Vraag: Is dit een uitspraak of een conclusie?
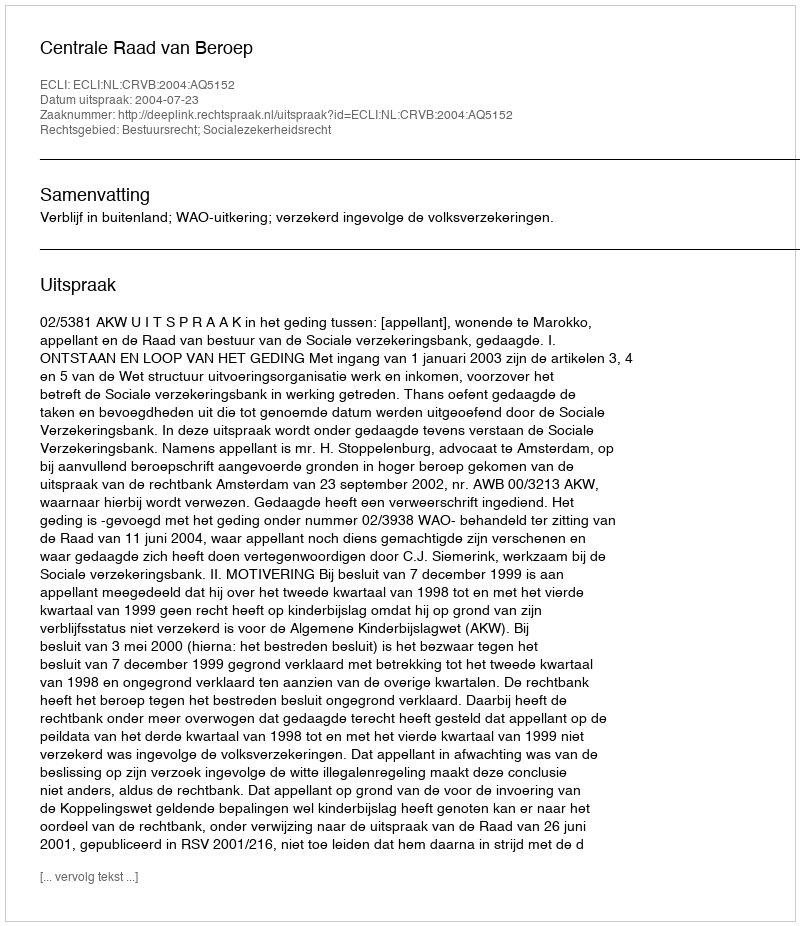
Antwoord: Uitspraak